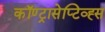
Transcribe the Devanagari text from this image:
कॉण्ट्रासेप्टिव्ह्स